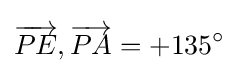
{\overset {}{{\overrightarrow {PE}},{\overrightarrow {PA}}=+135^{\circ }}}